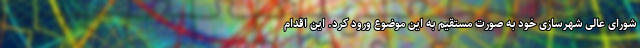
شورای عالی شهرسازی خود به صورت مستقیم به این موضوع ورود کرد. این اقدام